Indian journal of veterinary science and animal husbandry - Volumes 22-23, 1952-1953
Year: 1952
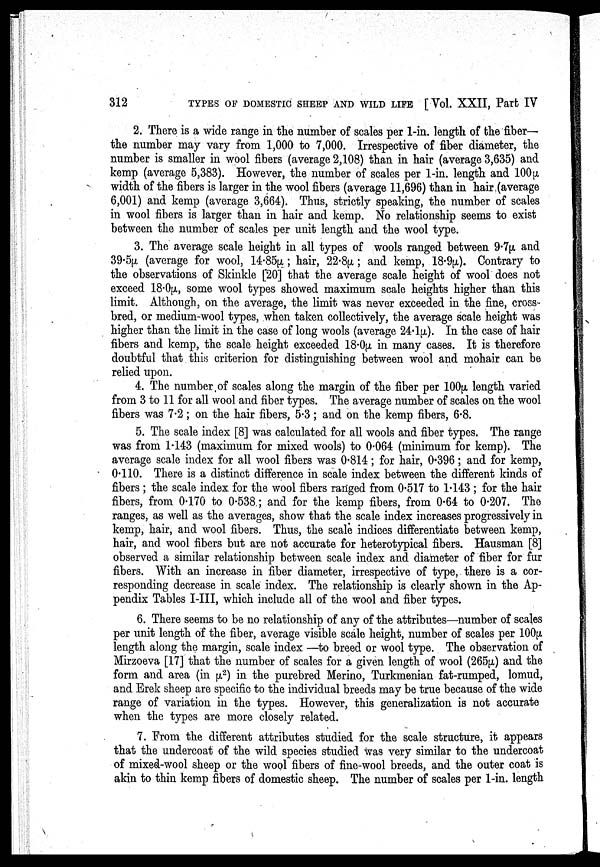
312
TYPES OF DOMESTIC SHEEP AND WILD LIFE [ Vol. XXII, Part IV
2. There is a wide range in the number of scales per 1-in. length of the fiber—
the number may vary from 1,000 to 7,000. Irrespective of fiber diameter, the
number is smaller in wool fibers (average 2,108) than in hair (average 3,635) and
kemp (average 5,383). However, the number of scales per 1-in. length and 100µ
width of the fibers is larger in the wool fibers (average 11,696) than in hair (average
6,001) and kemp (average 3,664). Thus, strictly speaking, the number of scales
in wool fibers is larger than in hair and kemp. No relationship seems to exist
between the number of scales per unit length and the wool type.
3. The average scale height in all types of wools ranged between 9.7µ and
39.5µ (average for wool, 14.85µ ; hair, 22.8µ ; and kemp, 18.9µ). Contrary to
the observations of Skinkle [20] that the average scale height of wool does not
exceed 18.0µ, some wool types showed maximum scale heights higher than this
limit. Although, on the average, the limit was never exceeded in the fine, cross-
bred, or medium-wool types, when taken collectively, the average scale height was
higher than the limit in the case of long wools (average 24.1µ). In the case of hair
fibers and kemp, the scale height exceeded 18.0µ in many cases. It is therefore
doubtful that this criterion for distinguishing between wool and mohair can be
relied upon.
4. The number of scales along the margin of the fiber per 100µ, length varied
from 3 to 11 for all wool and fiber types. The average number of scales on the wool
fibers was 7.2 ; on the hair fibers, 5.3 ; and on the kemp fibers, 6.8.
5. The scale index [8] was calculated for all wools and fiber types. The range
was from 1.143 (maximum for mixed wools) to 0.064 (minimum for kemp). The
average scale index for all wool fibers was 0.814 ; for hair, 0.396 ; and for kemp,
0.110. There is a distinct difference in scale index between the different kinds of
fibers ; the scale index for the wool fibers ranged from 0.517 to 1.143 ; for the hair
fibers, from 0.170 to 0.538 ; and for the kemp fibers, from 0.64 to 0.207. The
ranges, as well as the averages, show that the scale index increases progressively in
kemp, hair, and wool fibers. Thus, the scale indices differentiate between kemp,
hair, and wool fibers but are not accurate for heterotypical fibers. Hausman [8]
observed a similar relationship between scale index and diameter of fiber for fur
fibers. With an increase in fiber diameter, irrespective of type, there is a cor-
responding decrease in scale index. The relationship is clearly shown in the Ap-
pendix Tables I-III, which include all of the wool and fiber types.
6. There seems to be no relationship of any of the attributes—number of scales
per unit length of the fiber, average visible scale height, number of scales per 100µ
length along the margin, scale index —to breed or wool type. The observation of
Mirzoeva [17] that the number of scales for a given length of wool (265µ) and the
form and area (in µ 2 ) in the purebred Merino, Turkmenian fat-rumped, lomud,
and Erek sheep are specific to the individual breeds may be true because of the wide
range of variation in the types. However, this generalization is not accurate
when the types are more closely related.
7. From the different attributes studied for the scale structure, it appears
that the undercoat of the wild species studied was very similar to the undercoat
of mixed-wool sheep or the wool fibers of fine-wool breeds, and the outer coat is
akin to thin kemp fibers of domestic sheep. The number of scales per 1-in. length